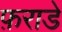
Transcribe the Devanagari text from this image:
फ़राडे